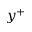
y ^ { + }